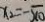
x _ { 2 } = - \sqrt { 1 0 }